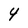
Character: 4